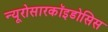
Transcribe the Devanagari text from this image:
न्यूरोसारकॉइडोसिस